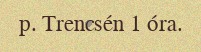
p. Trencsén 1 óra.